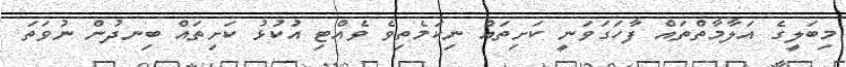
މިބަލީގެ އަލާމާތްތައް ފާހަގަވަނީ ކަށިތައް ނިކަމެތިވެ ވެއްޓި އުކުޅު ކަށިތައް ބިނދުން ނުވަތަ